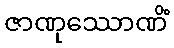
ဇာဏုဿောဏိံ